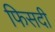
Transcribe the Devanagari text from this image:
फिसदी